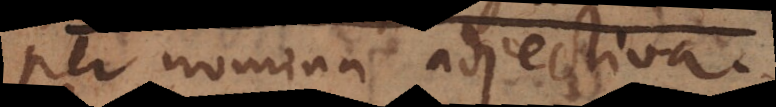
per nomina adjectiva.